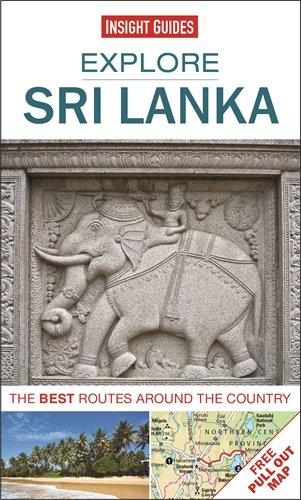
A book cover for Explore Sri Lanka: The best routes around the country; Insight Guides; Travel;